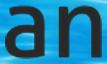
an